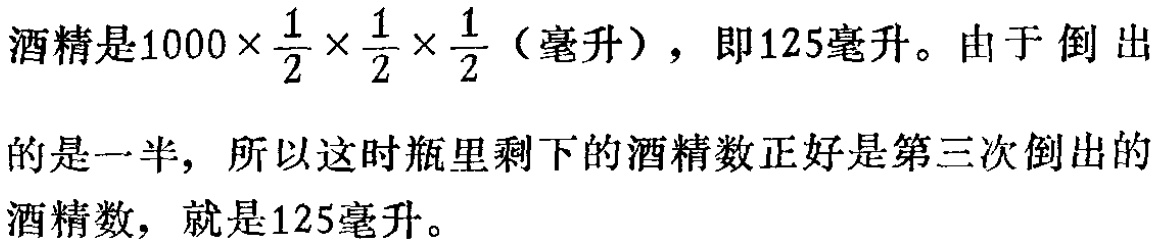
酒精是\(1000\times\frac{1}{2}\times\frac{1}{2}\times\frac{1}{2}\)（毫升），即125毫升。由于倒出的是一半，所以这时瓶里剩下的酒精数正好是第三次倒出的酒精数，就是125毫升。